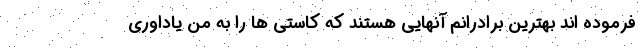
فرموده اند بهترین برادرانم آنهایی هستند که کاستی ها را به من یاداوری